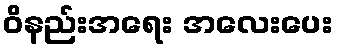
ဝိနည်းအရေး အလေးပေး